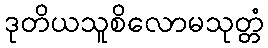
ဒုတိယသူစိလောမသုတ္တံ